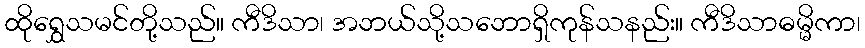
ထိုရွှေသမင်တို့သည်။ ကီဒိသာ၊ အဘယ်သို့သဘောရှိကုန်သနည်း။ ကီဒိသာဓမ္မိကာ၊